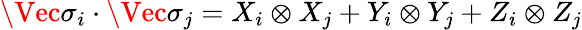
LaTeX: \Vec{\sigma_{i}}\cdot\Vec{\sigma_{j}}=X_{i}\otimes X_{j}+Y_{i}\otimes Y_{j}+Z_{i}\otimes Z_{j}